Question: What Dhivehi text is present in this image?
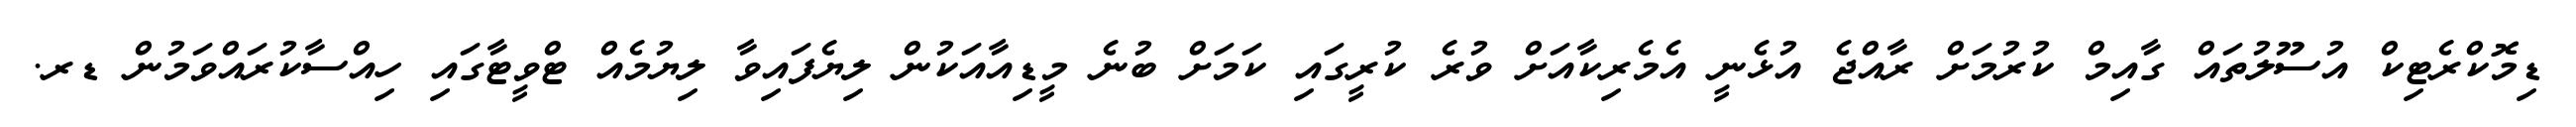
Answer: ޑިމޮކްރެޓިކް އުސޫލުތައް ގާއިމް ކުރުމަށް ރާއްޖެ އުޅެނީ އެމެރިކާއަށް ވުރެ ކުރީގައި ކަމަށް ބުނެ މީޑިއާއަކުން ލިޔެފައިވާ ލިޔުމެއް ޓްވީޓާގައި ހިއްސާކުރައްވަމުން ޑރ.